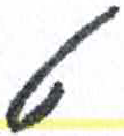
אות: ט